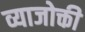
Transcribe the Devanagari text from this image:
व्याजोक्ती